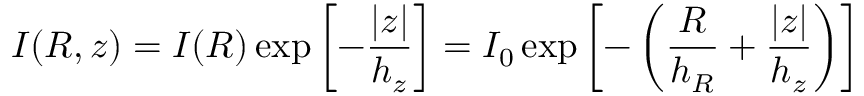
I ( R , z ) = I ( R ) \exp \left[ - { \frac { \vert z \vert } { h _ { z } } } \right] = I _ { 0 } \exp \left[ - \left( { \frac { R } { h _ { R } } } + { \frac { \vert z \vert } { h _ { z } } } \right) \right]